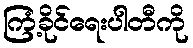
ကြံ့ခိုင်ရေးပါတီကို